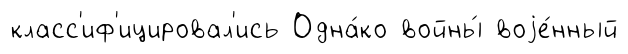
класс'иф'ицировал'ись Одна́ко войны́ воjе́нный